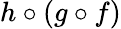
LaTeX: h\circ(g\circ f)